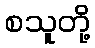
စသူတို့